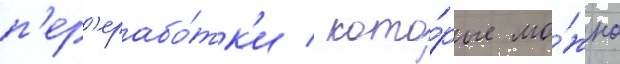
п'ер'ерабо́тк'и / кото́рые мо́жно